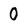
Character: 0